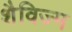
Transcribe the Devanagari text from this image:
शैविज्म